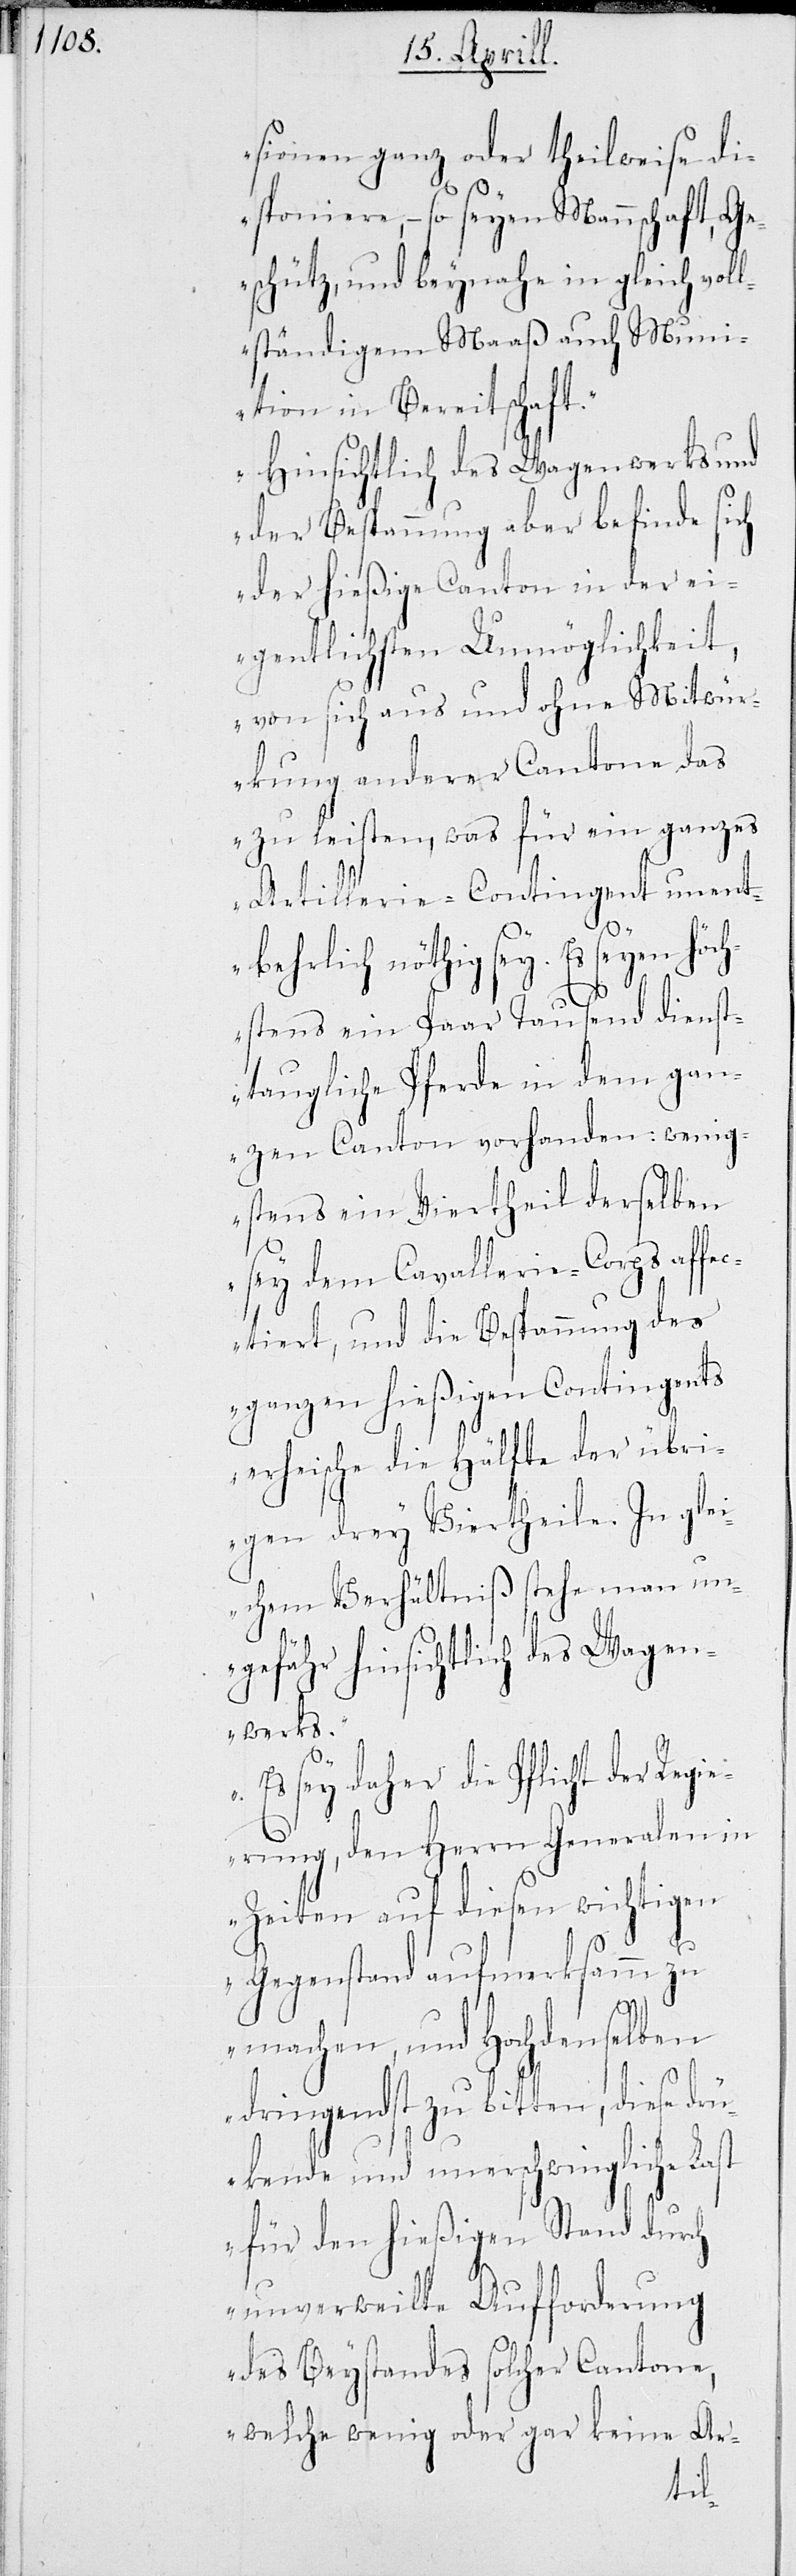
sionen ganz oder theilweise di¬
sponiere, – so seyen Mannschaft, Ge¬
schütz, und beynahe in gleich vol¬
lständigem Maaß auch Mun¬
ition in Bereitschaft.
Hinsichtlich des Wagenwerks und
der Bespannung aber befinde sich
der hießige Canton in der ei¬
gentlichsten Unmöglichkeit,
von sich aus und ohne Mitwür¬
kung anderer Cantone das
zu leisten, was für ein ganzes
Artillerie-Contingent unent¬
behrlich nöthig sey. Es seyen höch¬
stens ein Paar Tausend dienst¬
taugliche Pferde in dem gan¬
zen Canton vorhanden: wenig¬
stens ein Viertheil derselben
sey dem Cavallerie-Corps affe¬
ctiert, und die Bespannung des
ganzen hießigen Contingents
erheische die Hälfte der übr¬
igen drey Viertheile. In glei¬
chem Verhältniß stehe man un¬
gefähr hinsichtlich des Wagen¬
werks.
Es sey daher die Pflicht der Regi¬
erung, den Herrn Generalen in
Zeiten auf diesen wichtigen
Gegenstand aufmerksamm zu
machen, und Hochdenselben
dringendst zu bitten, diese dr¬
ückende und unerschwingliche Last
für den hießigen Stand durch
unverweilte Aufforderung
des Beystandes solcher Cantone,
welche wenig oder gar keine Ar-